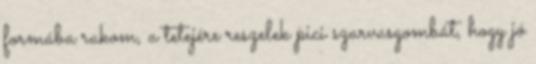
formába rakom, a tetejére reszelek pici szarvasgombát, hogy jó